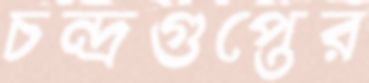
চন্দ্রগুপ্তের